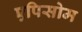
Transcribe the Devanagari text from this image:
एपिसोम